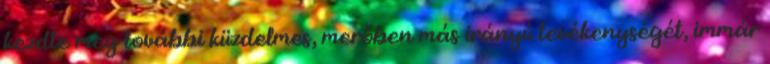
kezdte meg további küzdelmes, merőben más irányú tevékenységét, immár